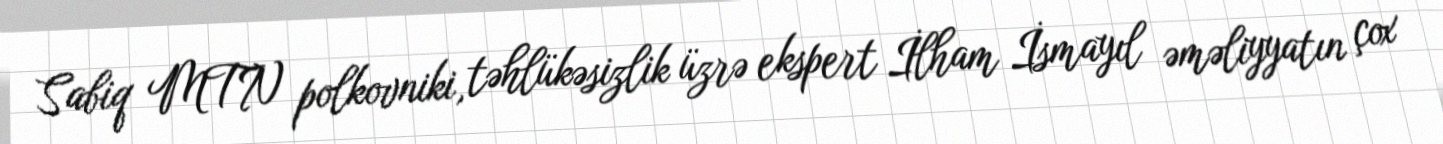
Sabiq MTN polkovniki, təhlükəsizlik üzrə ekspert İlham İsmayıl əməliyyatın çox